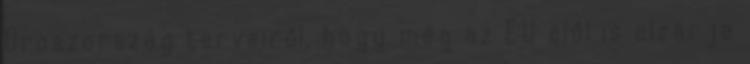
Oroszország terveiről, hogy még az EU elől is elzárja